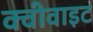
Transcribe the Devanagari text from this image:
क्वीवाइट